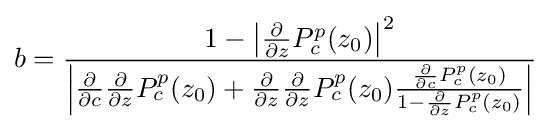
b={\frac {1-\left|{{\frac {\partial }{\partial {z}}}P_{c}^{p}(z_{0})}\right|^{2}}{\left|{{\frac {\partial }{\partial {c}}}{\frac {\partial }{\partial {z}}}P_{c}^{p}(z_{0})+{\frac {\partial }{\partial {z}}}{\frac {\partial }{\partial {z}}}P_{c}^{p}(z_{0}){\frac {{\frac {\partial }{\partial {c}}}P_{c}^{p}(z_{0})}{1-{\frac {\partial }{\partial {z}}}P_{c}^{p}(z_{0})}}}\right|}}